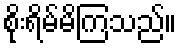
စိုးရိမ်မိကြသည်။